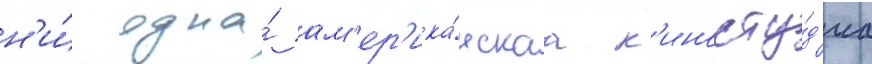
н'и́ одна́ ам'ер'ика́нскаа к'иносту́д'иа